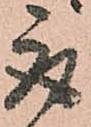
取